Scottish Leaving Certificate Examination, 1955
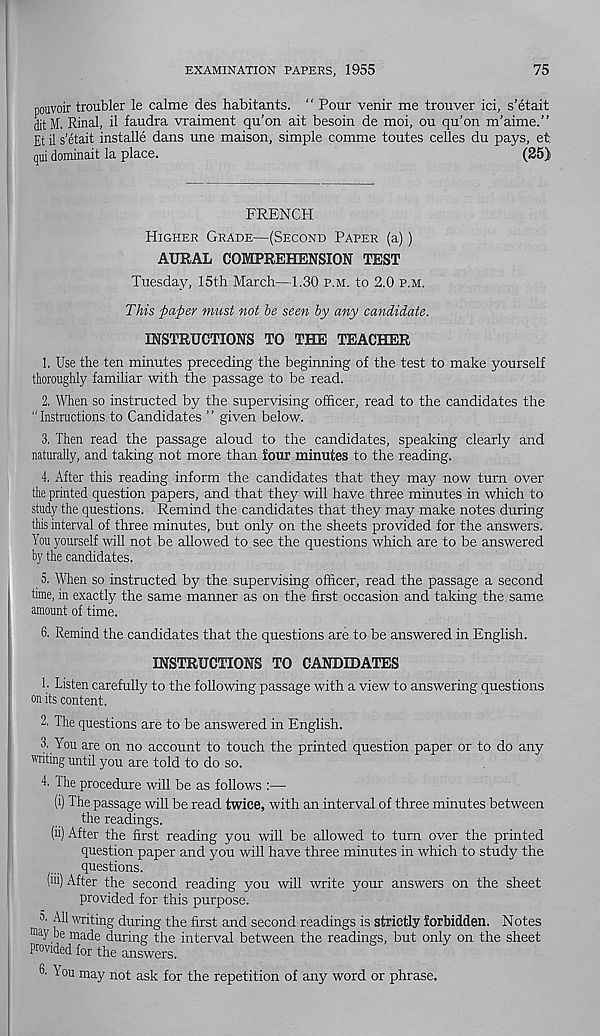
EXAMINATION PAPERS, 1955
75
pouvoir trouble! le calme des habitants. “ Pour venir me trouver ici, s’etait
ditM. Rinal, il faudra vraiment qu’on ait besoin de moi, ou qu’on m’aime.”
Et il s’etait installe dans une maison, simple comme toutes cedes du pays, et
qui dominait la place.
(25)
FRENCH
Higher Grade—(Second Paper (a))
AURAL COMPREHENSION TEST
Tuesday, 15th March—1.30 p.m. to 2.0 p.m.
This paper must not he seen by any candidate.
INSTRUCTIONS TO THE TEACHER
1. Use the ten minutes preceding the beginning of the test to make yourself
thoroughly familiar with the passage to be read.
2. When so instructed by the supervising officer, read to the candidates the
“Instructions to Candidates ” given below.
3. Then read the passage aloud to the candidates, speaking clearly and
naturally, and taking not more than four minutes to the reading.
4. After this reading inform the candidates that they may now turn over
the printed question papers, and that they will have three minutes in which to
study the questions. Remind the candidates that they may make notes during
this interval of three minutes, but only on the sheets provided for the answers.
You yourself will not be allowed to see the questions which are to be answered
by the candidates.
5. When so instructed by the supervising officer, read the passage a second
time, in exactly the same manner as on the first occasion and taking the same
amount of time.
6. Remind the candidates that the questions are to be answered in English.
INSTRUCTIONS TO CANDIDATES
1. Listen carefully to the following passage with a view to answering questions
on its content.
2. The questions are to be answered in English.
3. You are on no account to touch the printed question paper or to do any
'vriting until you are told to do so.
4. The procedure will be as follows :—
(i) The passage will be read twice, with an interval of three minutes between
the readings.
(ii) After the first reading you will be allowed to turn over the printed
question paper and you will have three minutes in which to study the
questions.
(iii) After the second reading you will write your answers on the sheet
provided for this purpose.
3. All writing during the first and second readings is strictly forbidden. Notes
wry be made during the interval between the readings, but only on the sheet
Provided for the answers.
6. Y 7 ou may not ask for the repetition of any word or phrase.